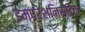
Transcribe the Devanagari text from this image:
इम्प्रेशनिस्टिक